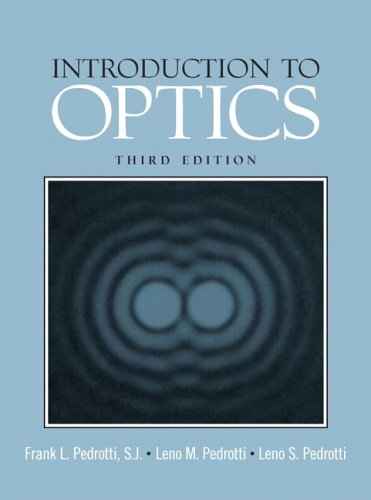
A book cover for Introduction to Optics (3rd Edition); Frank L Pedrotti; Science & Math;